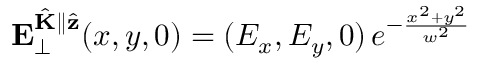
\mathbf { E } _ { \perp } ^ { \hat { \mathbf { K } } \parallel \hat { \mathbf { z } } } ( x , y , 0 ) = ( E _ { x } , E _ { y } , 0 ) \, e ^ { - \frac { x ^ { 2 } + y ^ { 2 } } { w ^ { 2 } } }